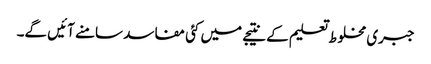
جبری مخلوط تعلیم کے نتیجے میں کئی مفاسد سامنے آئیں گے۔